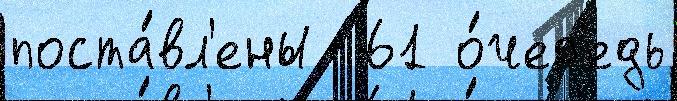
поста́вл'ены  61 о́чер'едь